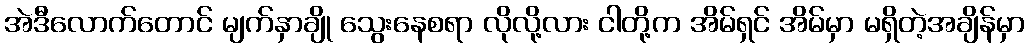
အဲဒီလောက်တောင် မျက်နှာချို သွေးနေစရာ လိုလို့လား ငါတို့က အိမ်ရှင် အိမ်မှာ မရှိတဲ့အချိန်မှာ